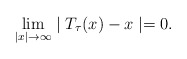
\begin{align*} \lim_{|x| \rightarrow\infty}\mid T_{\tau}(x)-x \mid=0. \end{align*}